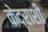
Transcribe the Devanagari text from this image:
केद्राशी